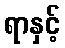
ရာနှင့်